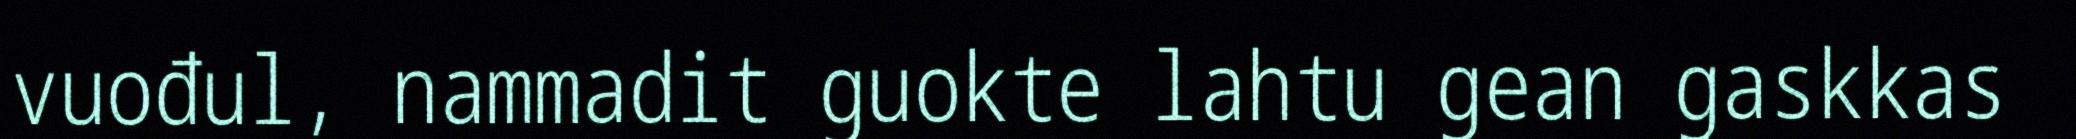
vuođul, nammadit guokte lahtu gean gaskkas